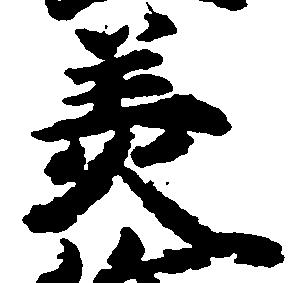
美